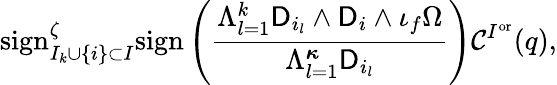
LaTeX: \mathrm{sign}_{I_{k}\cup\{ i\} \subset I}^{\zeta}\mathrm{sign}\left(\frac{\Lambda_{l=1}^{k}\mathsf{D}_{i_{l}}\wedge\mathsf{D}_{i}\wedge\iota_{f}\Omega}{\Lambda_{l=1}^{{\boldsymbol{\kappa}}}\mathsf{D}_{i_{l}}}\right)\mathcal{C}^{I^{\mathrm{or}}}(q),